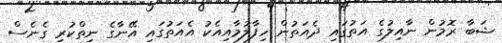
ޝަބާ ރޮމުން ނާއިލުގެ އަތުގައި ދެއަތުން ހިފާލުމާއިއެކު އެއަތުގައި އޭނާގެ ނިތްކުރި ގެނެސް